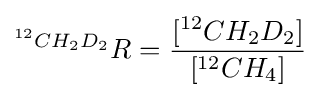
^{^{12}CH_{2}D_{2}}R={\frac {[^{12}CH_{2}D_{2}]}{[^{12}CH_{4}]}}